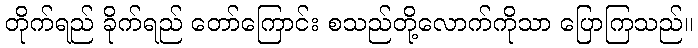
တိုက်ရည် ခိုက်ရည် တော်ကြောင်း စသည်တို့လောက်ကိုသာ ပြောကြသည်။